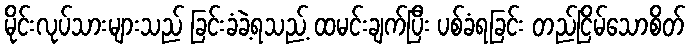
မိုင်းလုပ်သားများသည် ခြင်းခံခဲ့ရသည့် ထမင်းချက်ပြီး ပစ်ခံရခြင်း တည်ငြိမ်သောစိတ်